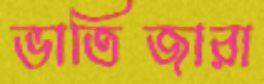
ভাতিজারা